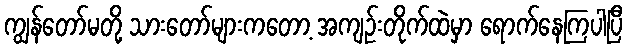
ကျွန်တော်မတို့ သားတော်များကတော့ အကျဉ်းတိုက်ထဲမှာ ရောက်နေကြပါပြီ